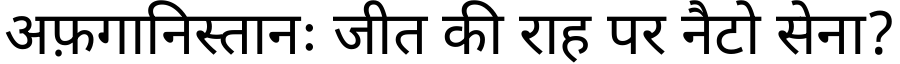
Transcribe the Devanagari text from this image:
अफ़गानिस्तानः जीत की राह पर नैटो सेना?